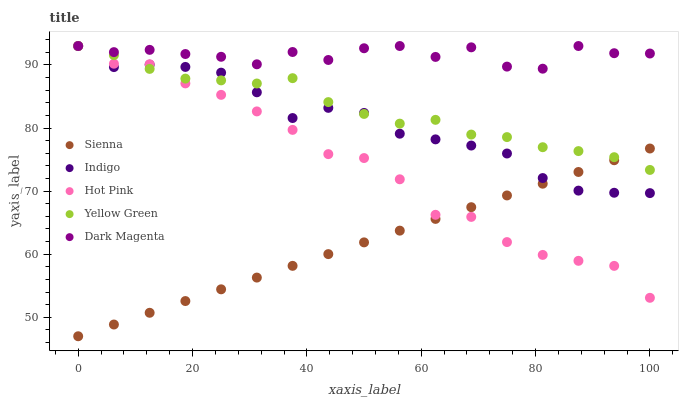
| xaxis_label | Sienna | Indigo | Hot Pink | Yellow Green | Dark Magenta |
 | --- | --- | --- | --- | --- | --- |
 | 0 | 47 | 93 | 93 | 93 | 93 |
 | 6.25 | 48.9 | 89.7 | 90.2 | 91.5 | 92 |
 | 12.5 | 50.7 | 90 | 90.1 | 89.4 | 92.4 |
 | 18.8 | 52.6 | 89.7 | 87.1 | 87.8 | 91.7 |
 | 25 | 54.4 | 88.8 | 85.3 | 87.6 | 91.3 |
 | 31.2 | 56.3 | 85.7 | 82.6 | 87.1 | 90.1 |
 | 37.5 | 58.2 | 81.6 | 79.7 | 87.9 | 92.1 |
 | 43.8 | 60 | 83.2 | 75.9 | 84.1 | 90.8 |
 | 50 | 61.9 | 82.4 | 75.2 | 82.2 | 92.6 |
 | 56.2 | 63.7 | 79.1 | 71.9 | 80.7 | 93 |
 | 62.5 | 65.6 | 78.2 | 66.2 | 81.3 | 91.3 |
 | 68.8 | 67.5 | 77.2 | 65.9 | 79 | 92.8 |
 | 75 | 69.3 | 76 | 61.9 | 78.6 | 89.7 |
 | 81.2 | 71.2 | 72.1 | 59.9 | 77 | 89.4 |
 | 87.5 | 73 | 70.1 | 59 | 76.3 | 93 |
 | 93.8 | 74.9 | 69.7 | 58.2 | 75.4 | 91.9 |
 | 100 | 76.8 | 69.7 | 53.1 | 73.4 | 91.8 |